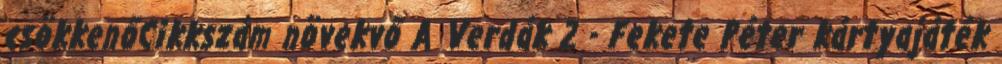
csökkenőCikkszám növekvő A Verdák 2 - Fekete Péter kártyajáték